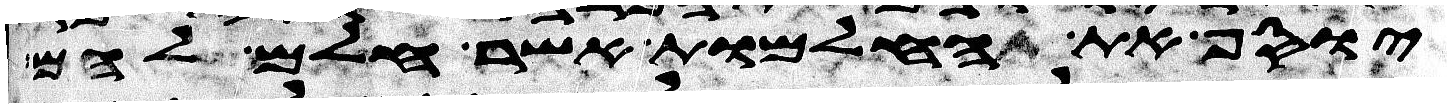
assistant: יוסף את החלמות אשר חלם להם